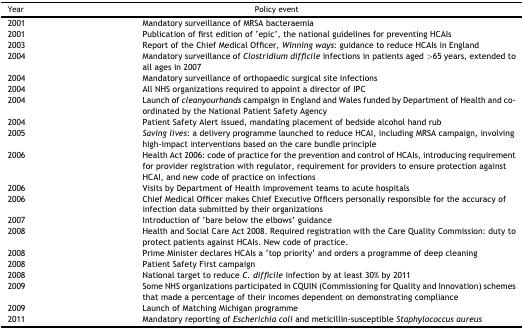
| Year | Policy event |
 | --- | --- |
 | 2001 | Mandatory surveillance of MRSA bacteraemia |
 | 2001 | Publication of first edition of ‘epic’, the national guidelines for preventing HCAIs |
 | 2003 | Report of the Chief Medical Officer, Winning ways: guidance to reduce HCAIs in England |
 | 2004 | Mandatory surveillance of Clostridium difficile infections in patients aged >65 years, extended to all ages in 2007 |
 | 2004 | Mandatory surveillance of orthopaedic surgical site infections |
 | 2004 | All NHS organizations required to appoint a director of IPC |
 | 2004 | Launch of cleanyourhands campaign in England and Wales funded by Department of Health and co-ordinated by the National Patient Safety Agency |
 | 2004 | Patient Safety Alert issued, mandating placement of bedside alcohol hand rub |
 | 2005 | Saving lives: a delivery programme launched to reduce HCAI, including MRSA campaign, involving high-impact interventions based on the care bundle principle |
 | 2006 | Health Act 2006: code of practice for the prevention and control of HCAIs, introducing requirement for provider registration with regulator, requirement for providers to ensure protection against HCAI, and new code of practice on infections |
 | 2006 | Visits by Department of Health improvement teams to acute hospitals |
 | 2006 | Chief Medical Officer makes Chief Executive Officers personally responsible for the accuracy of infection data submitted by their organizations |
 | 2007 | Introduction of ‘bare below the elbows’ guidance |
 | 2008 | Health and Social Care Act 2008. Required registration with the Care Quality Commission: duty to protect patients against HCAIs. New code of practice. |
 | 2008 | Prime Minister declares HCAIs a ‘top priority’ and orders a programme of deep cleaning |
 | 2008 | Patient Safety First campaign |
 | 2008 | National target to reduce C. difficile infection by at least 30% by 2011 |
 | 2009 | Some NHS organizations participated in CQUIN (Commissioning for Quality and Innovation) schemes that made a percentage of their incomes dependent on demonstrating compliance |
 | 2009 | Launch of Matching Michigan programme |
 | 2011 | Mandatory reporting of Escherichia coli and meticillin-susceptible Staphylococcus aureus |